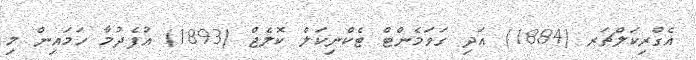
އެގްރިކަލްޗަރ (1884) އަދި ގަވަމެންޓް ޓެކްނިކަލް ކޮލެޖް (1893) އުފެދުމާ ހަމައިން މި